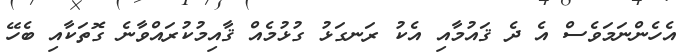
އެހެންނަމަވެސް އެ ދެ ޤައުމާއި އެކު ރަނގަޅު ގުޅުމެއް ޤާއިމުކުރައްވާނެ ގޮތަކާއި ބެހޭ